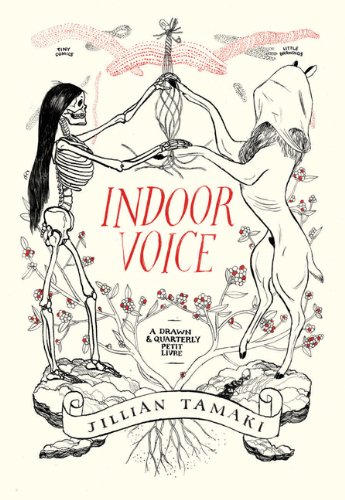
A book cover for Indoor Voice; Jillian Tamaki; Comics & Graphic Novels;